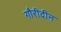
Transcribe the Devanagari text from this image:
गौरीदीन